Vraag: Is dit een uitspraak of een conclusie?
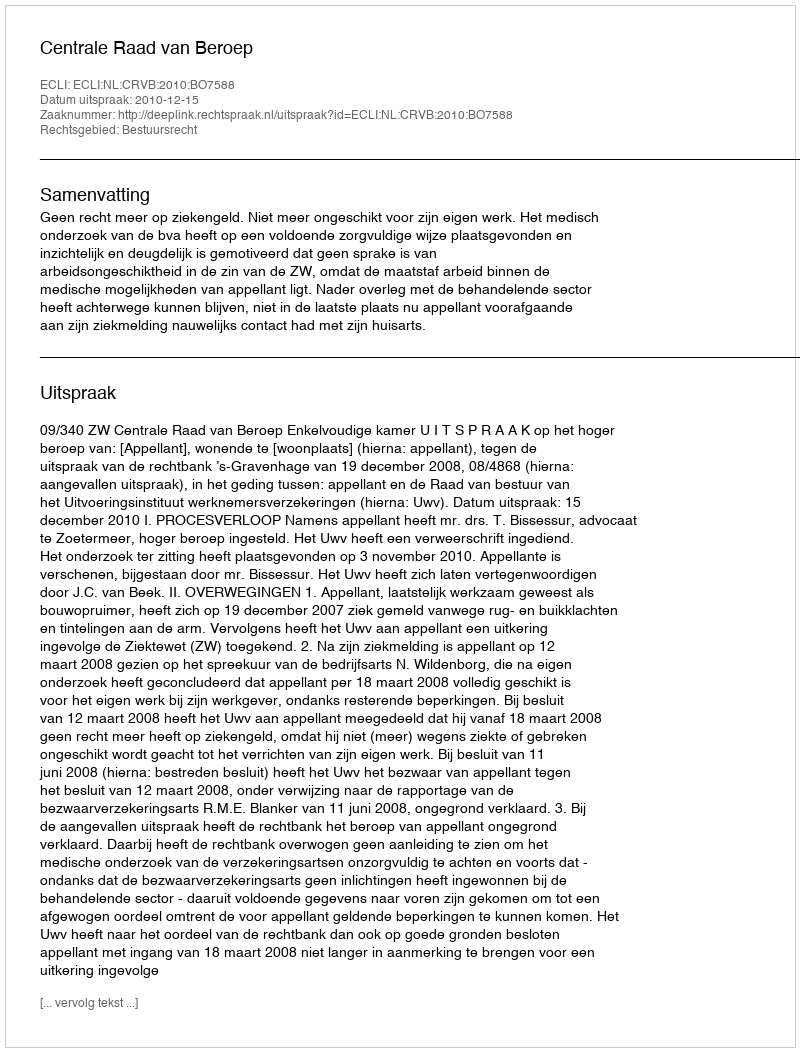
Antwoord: Uitspraak